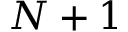
N + 1